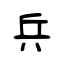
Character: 兵